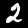
Digit: 2